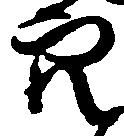
穴